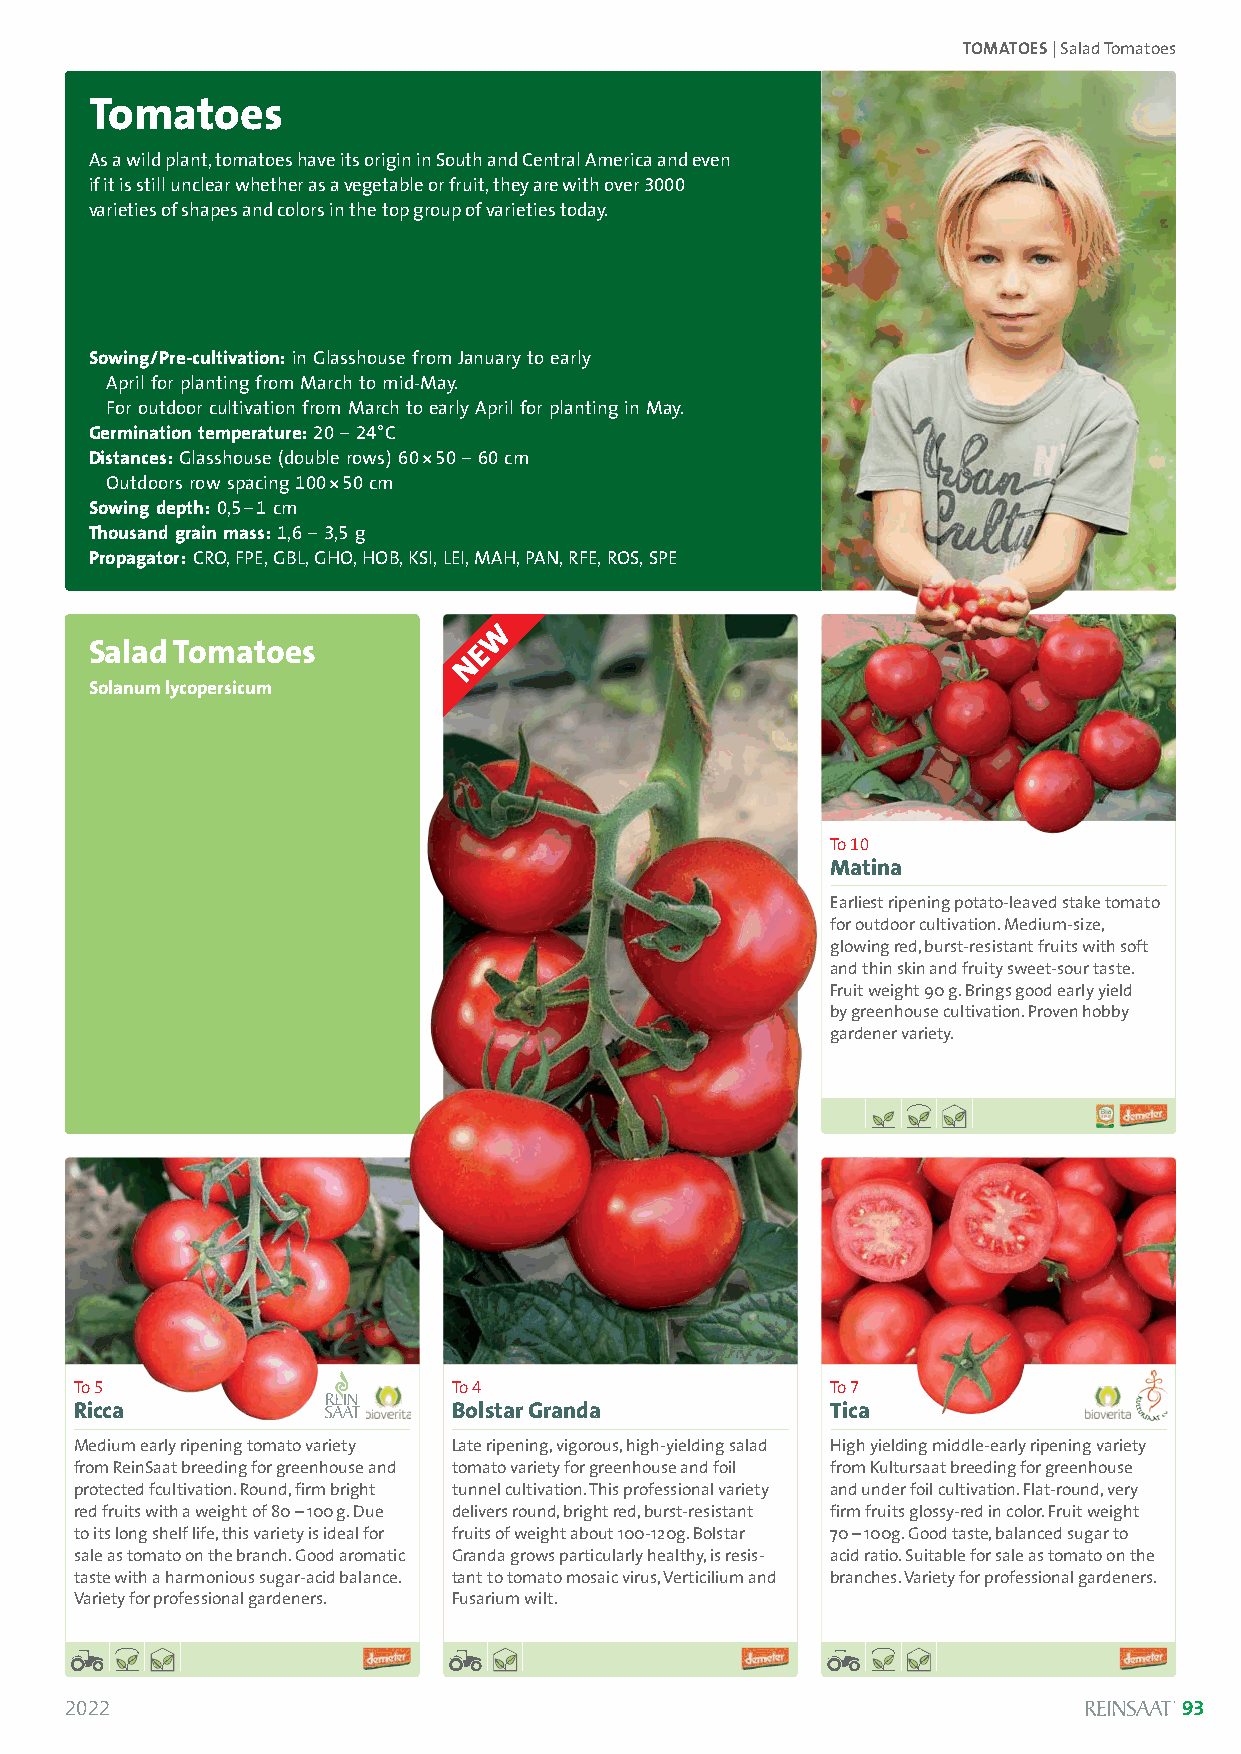
TOMATOES| Salad Tomatoes
 Tomatoes
 As a wild plant, tomatoes have its origin in South and Central America and even
 if it is still unclear whether as a vegetable or fruit, they are with over 3000
 varieties of shapes and colors in the top group of varieties today.
 Sowing/Pre-cultivation:in Glasshouse from January to early
 April for planting from March to mid-May.
 For outdoor cultivation from March to early April for planting in May.
 Germination temperature:20– 24°C
 Distances:Glasshouse (double rows) 60*50–60cm
 Outdoors row spacing 100*50 cm
 Sowing depth:0,5–1cm
 Thousand grain mass:1,6 –3,5 g
 Propagator:CRO, FPE, GBL, GHO, HOB, KSI, LEI, MAH, PAN, RFE, ROS, SPE
 Salad Tomatoes
 Solanum lycopersicum
 Solanum lycopersicum
 To 10
 Matina
 Earliest ripening potato-leaved stake tomato
 for outdoor cultivation. Medium-size,
 glowing red, burst-resistant fruits with soft
 and thin skin and fruity sweet-sour taste.
 Fruit weight 90 g. Brings good early yield
 by greenhouse cultivation. Proven hobby
 gardener variety.
 To 5                     To 4                     To 7
 Ricca                    Bolstar Granda           Tica
 Medium early ripening tomato variety Late ripening, vigorous, high-yielding salad High yielding middle-early ripening variety
 from ReinSaat breeding for greenhouse and tomato variety for greenhouse and foil from Kultursaat breeding for greenhouse
 protected fcultivation. Round, firm bright tunnel cultivation. This professional variety and under foil cultivation. Flat-round, very
 red fruits with a weight of 80 –100 g. Due delivers round, bright red, burst-resistant firm fruits glossy-red in color. Fruit weight
 to its long shelf life, this variety is ideal for fruits of weight about 100-120g. Bolstar 70 –100g. Good taste, balanced sugar to
 sale as tomato on the branch. Good aromatic Granda grows particularly healthy, is resis- acid ratio. Suitable for sale as tomato on the
 taste with a harmonious sugar-acid balance. tant to tomato mosaic virus, Verticilium and branches. Variety for professional gardeners.
 Variety for professional gardeners. Fusarium wilt.
 2022                                                                      93